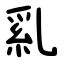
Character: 乿